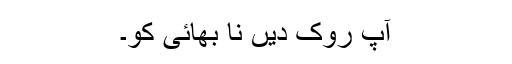
آپ روک دیں نا بھائی کو۔